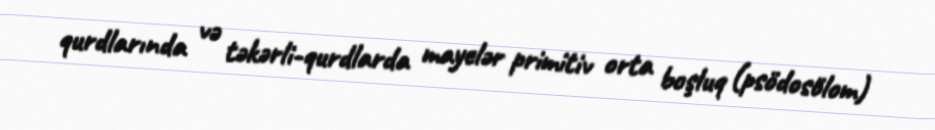
qurdlarında və təkərli-qurdlarda mayelər primitiv orta boşluq (psödosölom)